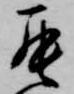
罷